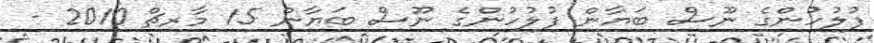
ފުލުހުންގެ ނޫސް ބަޔާން ފުލުހުންގެ ނޫސް ބަޔާން 15 މާރޗް 2010 -